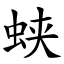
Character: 蛱